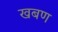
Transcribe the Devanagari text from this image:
खबण